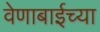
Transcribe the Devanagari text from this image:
वेणाबाईच्या